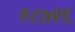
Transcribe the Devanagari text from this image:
९८७९६